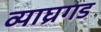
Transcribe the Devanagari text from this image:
व्याघ्रगड